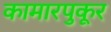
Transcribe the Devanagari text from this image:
कामारपुकूर